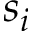
s _ { i }